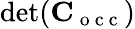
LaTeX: \operatorname*{det}(\mathbf C_{\mathrm{~o~c~c~}})